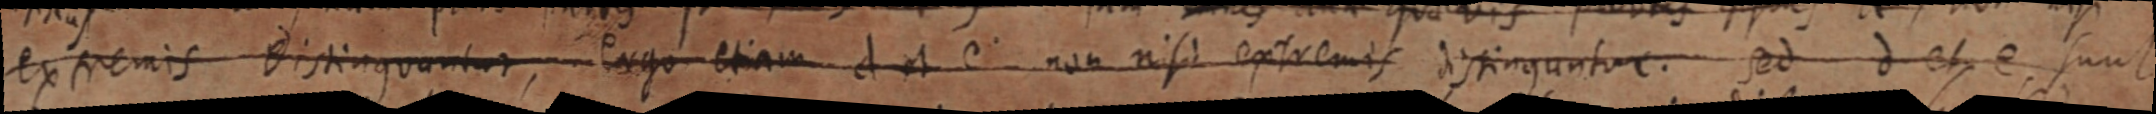
extremis Distinguantur, ergo etiam d et e non nisi extremis distingunture. sed d et e sunt